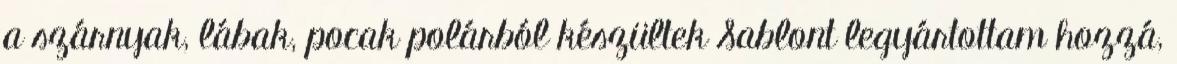
a szárnyak, lábak, pocak polárból készültek Sablont legyártottam hozzá,